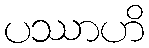
ပဿာဟိ